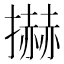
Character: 𢷓